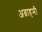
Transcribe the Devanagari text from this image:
अब्राहमी